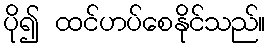
ပို၍ ထင်ဟပ်စေနိုင်သည်။